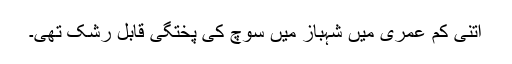
اتنی کم عمری میں شہباز میں سوچ کی پختگی قابلِ رشک تھی۔